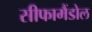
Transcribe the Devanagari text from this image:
सीफामैंडोल